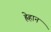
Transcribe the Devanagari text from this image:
ह्रेहान